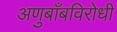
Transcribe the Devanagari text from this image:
अणुबाँबविरोधी